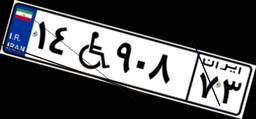
۱۴W۹۰۸۷۳